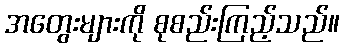
အတွေးများကို စုစည်းကြည့်သည်။